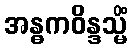
အန္ဓကဝိန္ဒသ္မိံ